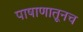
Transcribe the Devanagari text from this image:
पाषाणातूनच